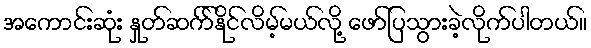
အကောင်းဆုံး နှုတ်ဆက််နိုင်လိမ့်မယ်လို့ ဖော်ပြသွားခဲ့လိုက်ပါတယ်။